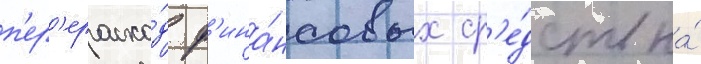
п'ер'ерасхо́д ф'ина́нсовых ср'е́дств на́